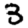
Digit: 3